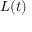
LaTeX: { \mathbf { } } L ( t )